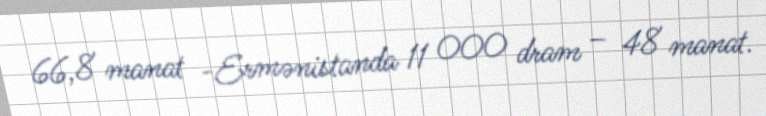
66,8 manat -Ermənistanda 11 000 dram – 48 manat.